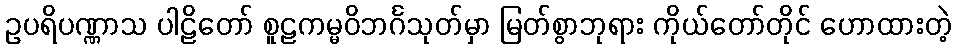
ဥပရိပဏ္ဏာသ ပါဠိတော် စူဠကမ္မဝိဘင်္ဂသုတ်မှာ မြတ်စွာဘုရား ကိုယ်တော်တိုင် ဟောထားတဲ့